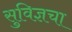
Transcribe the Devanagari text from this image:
सुविज्ञचा